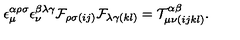
\epsilon _ { \mu } ^ { \alpha \rho \sigma } \epsilon _ { \nu } ^ { \beta \lambda \gamma } { \cal F } _ { \rho \sigma ( i j ) } { \cal F } _ { \lambda \gamma ( k l ) } = { \cal T } _ { \mu \nu ( i j k l ) } ^ { \alpha \beta } .